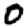
Digit: 0